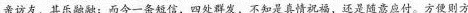
亲访友、其乐融融；而今一条短信，四处群发，不知是真情祝福，还是随意应付。方便则方